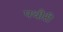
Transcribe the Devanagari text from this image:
पथौरी